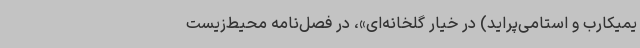
یمیکارب و استامی‌پراید) در خیار گلخانه‌ای»، در فصل‌نامه محیط‌زیست